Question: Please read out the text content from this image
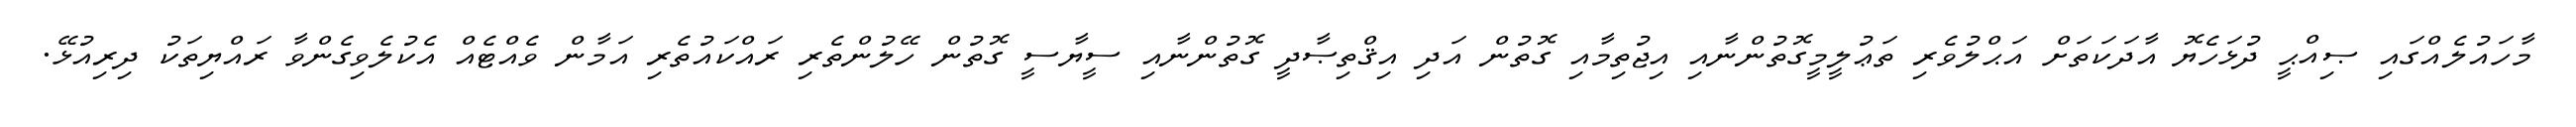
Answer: މާހައުލެއްގައި ޞިއްޙީ ދުޅަހެޔޮ އާދަކަތަށް އަޙްލުވެރި ތަޢުލީމީގޮތުންނާއި އިޖުތިމާއި ގޮތުން އަދި އިޤްތިޞާދީ ގޮތުންނާއި ސީޔާސީ ގޮތުން ހޭލުންތެރި ރައްކައުތެރި އަމާން ވެއްޓެއް އެކުލެވިގެންވާ ރައްޔިތަކު ދިރިއުޅޭ.